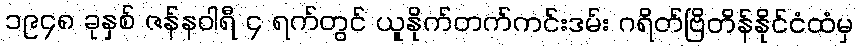
၁၉၄၈ ခုနှစ် ဇန်နဝါရီ ၄ ရက်တွင် ယူနိုက်တက်ကင်းဒမ်း ဂရိတ်ဗြိတိန်နိုင်ငံထံမှ